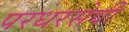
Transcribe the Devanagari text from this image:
परधरसेवी